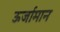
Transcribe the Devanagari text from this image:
ऊर्जामान